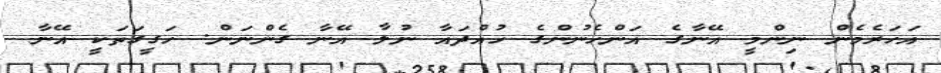
އަހަރެމެން ނިންމީ އޭނާގެ އަންހެނުންގެ ހުއްދައާ ނުލާ އޭނާ ގެންނަން. ހަގީގަތަކީ އޭނާ